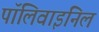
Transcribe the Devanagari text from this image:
पॉलिवाइनिल